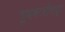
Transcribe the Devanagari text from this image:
गुलबर्ग्यापासून